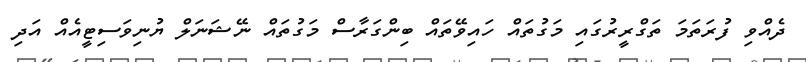
ދެއްވި ފުރަތަމަ ތަގްރީރުގައި މަގުތައް ހައިވޭތައް ބިންގަރާސް މަގުތައް ނޭޝަނަލް ޔުނިވަސިޓީއެއް އަދި